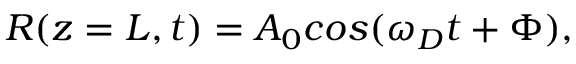
R ( z = L , t ) = A _ { 0 } c o s ( \omega _ { D } t + \Phi ) ,